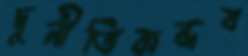
দুর্নীতিবান্ধব